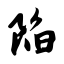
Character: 陷